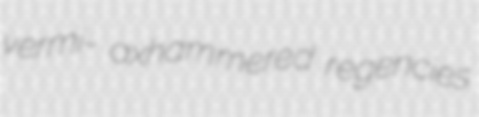
vermi- axhammered regencies